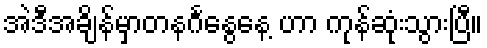
အဲဒီအချိန်မှာတနင်္ဂနွေနေ့ ဟာ ကုန်ဆုံးသွားပြီ။